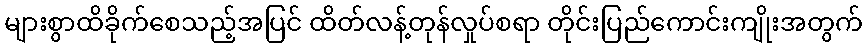
များစွာထိခိုက်စေသည့်အပြင် ထိတ်လန့်တုန်လှုပ်စရာ တိုင်းပြည်ကောင်းကျိုးအတွက်